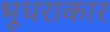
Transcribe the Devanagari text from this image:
भूधराकार